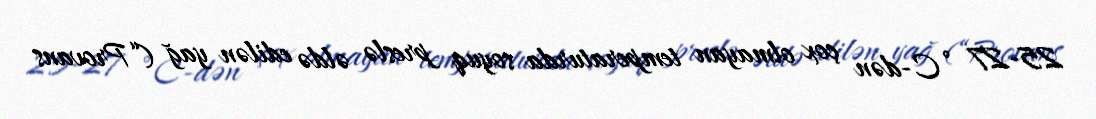
25-27 °C-dən çox olmayan temperaturda soyuq preslə əldə edilən yağ (“Provans